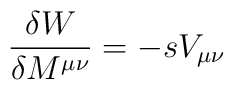
{{\delta W }\over {\delta M^{\mu\nu}}} = -sV_{\mu \nu}